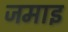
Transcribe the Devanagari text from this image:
जमाइ